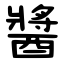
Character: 醬